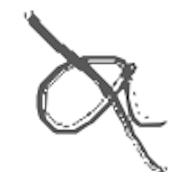
Text: a
Cross-out: diagonal
Writing tool: digital_gray